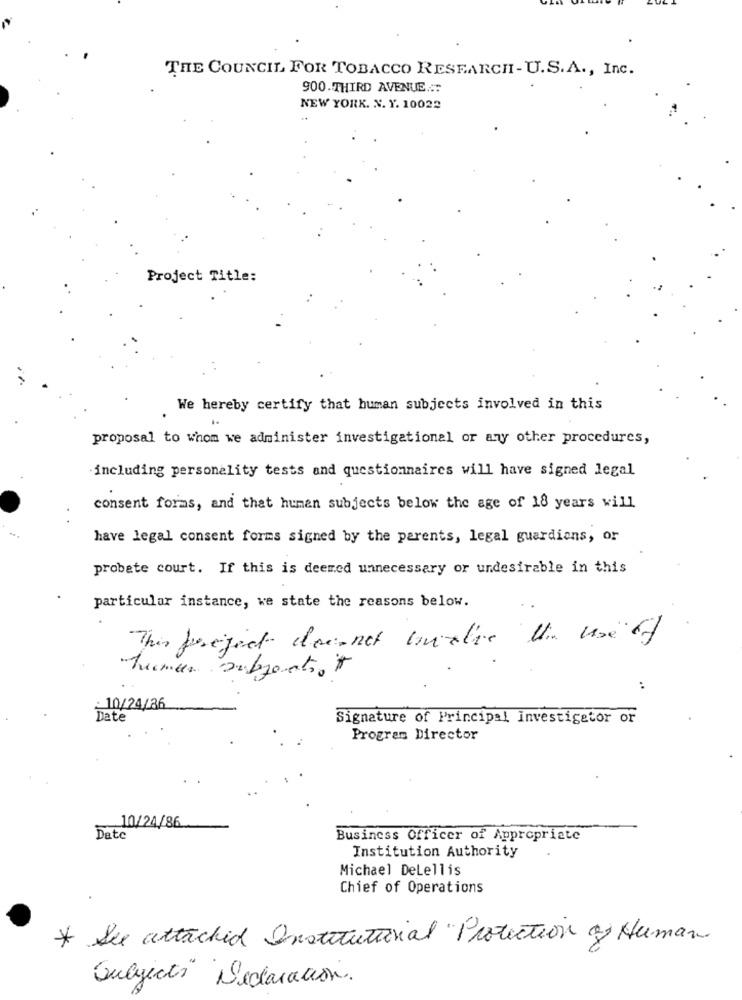
THE COUNCIL FOR TOBACCO RESEARCH - U.S.A ., Inc.
900.THIRD AVENUE ...
NEW YORK. N. Y. 10022
Project Title:
We hereby certify that human subjects involved in this
proposal to whom we administer investigational or any other procedures,
including personality tests and questionnaires will have signed legal
consent forms, and that human subjects below the age of 18 years will
have legal consent forms signed by the parents, legal guardians, or
probate court. If this is deemed unnecessary or undesirable in this
particular instance, we state the reasons below.
This project doemnet buxlie
Tuemar subjectof
..
: 10/24/86
Date
Signature of Principal investigator or
Program Director
10/24/86
Date
Business Officer of Appropriate
Institution Authority
Michael DeLellis
Chief of Operations
* See attached Instituttorial "Protection of Human
Subjects" Declaración.